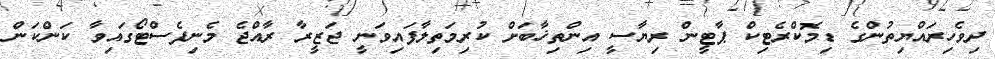
ދިވެހިރައްޔިތުންގެ ޑިމޮކްރެޓިކް ޕާޓީން ރިޔާސީ އިންތިޚާބަށް ކުރިމަތިލާފައިވަނީ ޖަޒީރާ ރާއްޖެ މެނިފެސްޓޯގައިވާ ކަންކަން